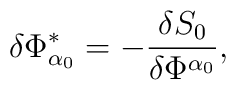
\delta \Phi _{\alpha _0}^{*}=-\frac{\delta S_0}{\delta \Phi^{\alpha _0}},